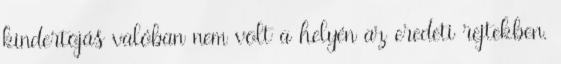
kindertojás valóban nem volt a helyén az eredeti rejtekben.